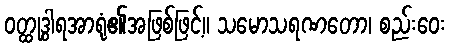
ဝတ္ထုဒွါရအာရုံ၏အဖြစ်ဖြင့်။ သမောသရဏတော၊ စည်းဝေး